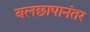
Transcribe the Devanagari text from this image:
बलछापानंतर